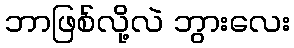
ဘာဖြစ်လို့လဲ ဘွားလေး